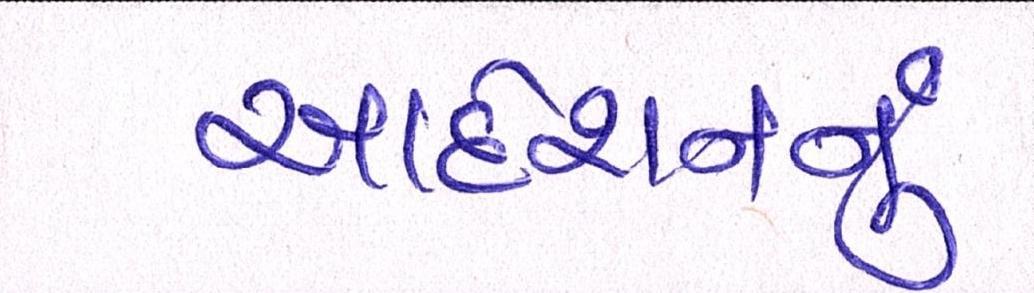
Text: આદેશનનું